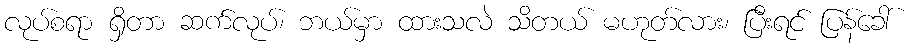
လုပ်စရာ ရှိတာ ဆက်လုပ်၊ ဘယ်မှာ ထားသလဲ သိတယ် မဟုတ်လား၊ ပြီးရင် ပြန်ခေါ်